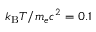
k _ { \mathrm { B } } T / m _ { e } c ^ { 2 } = 0 . 1